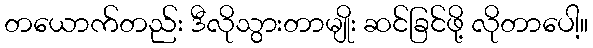
တယောက်တည်း ဒီလိုသွားတာမျိုး ဆင်ခြင်ဖို့ လိုတာပေါ့။